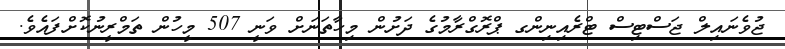
ޖުވެނައިލް ޖަސްޓިސް ޓްރެއިނިންގ ޕްރޮގްރާމުގެ ދަށުން މިހާތަނަށް ވަނީ 507 މީހުން ތަމްރީނުކޮށްފައެވެ.